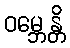
ဝမ္ဘေန္တိ